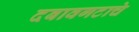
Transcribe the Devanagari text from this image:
दबावगटाचे